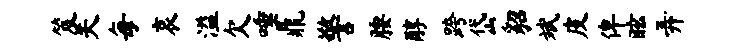
笈关每哀溢欠唾鼎警腰醇跨岱貂斌皮俾眩弄